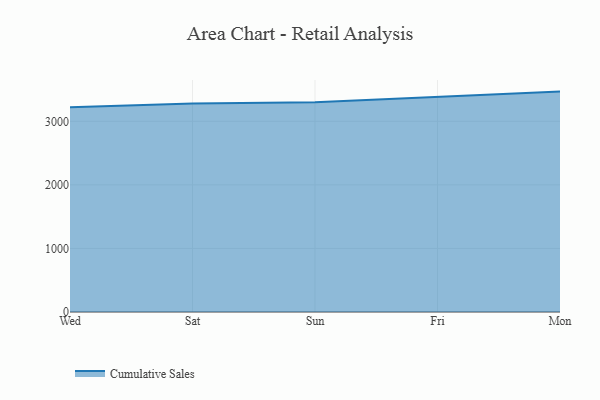
{"axis": {"x": "Day", "y": "Energy Usage (MWh)"}, "legend": ["Cumulative Sales"], "data": [{"x": "Wed", "y": 3222.8, "type": "Cumulative Sales"}, {"x": "Sat", "y": 3278.8, "type": "Cumulative Sales"}, {"x": "Sun", "y": 3298.7, "type": "Cumulative Sales"}, {"x": "Fri", "y": 3386.1, "type": "Cumulative Sales"}, {"x": "Mon", "y": 3467.3, "type": "Cumulative Sales"}]}